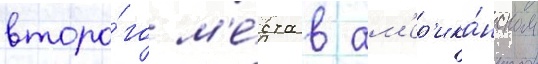
второ́го м'е́ста в ам'ер'ика́нском